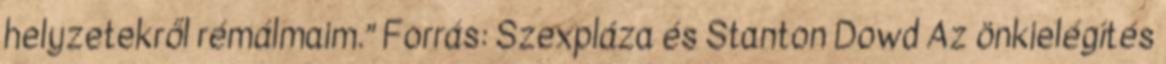
helyzetekről rémálmaim.” Forrás: Szexpláza és Stanton Dowd Az önkielégítés